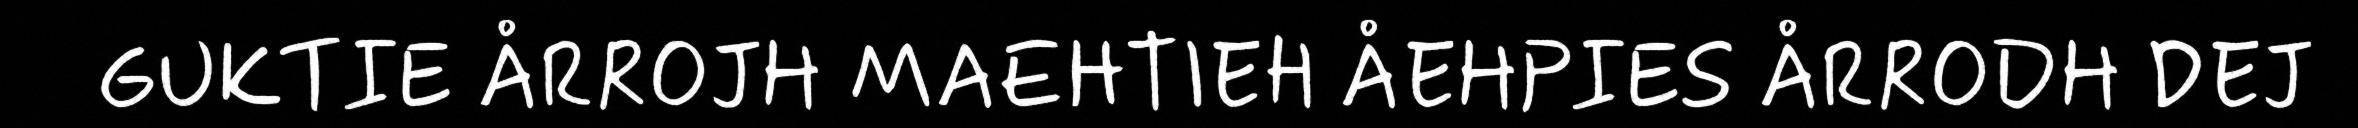
GUKTIE ÅRROJH MAEHTIEH ÅEHPIES ÅRRODH DEJ